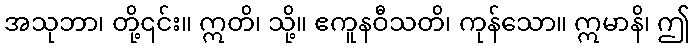
အသုဘာ၊ တို့၎င်း။ ဣတိ၊ သို့။ ဧကူနဝီသတိ၊ ကုန်သော။ ဣမာနိ၊ ဤ